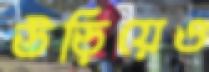
উড়িয়েও